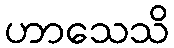
ဟာသေသိ